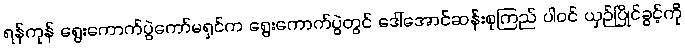
ရန်ကုန် ရွေးကောက်ပွဲကော်မရှင်က ရွေးကောက်ပွဲတွင် ဒေါ်အောင်ဆန်းစုကြည် ပါဝင် ယှဉ်ပြိုင်ခွင့်ကို